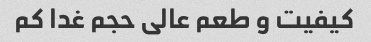
کیفیت و طعم عالی حجم غدا کم